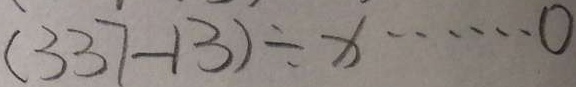
( 3 3 7 - 1 3 ) \div x \cdots 0